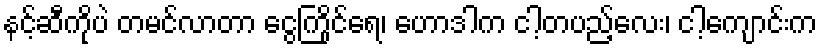
နင့်ဆီကိုပဲ တမင်လာတာ ငွေကြိုင်ရေ၊ ဟောဒါက ငါ့တပည့်လေး၊ ငါ့ကျောင်းက